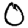
Digit: 0